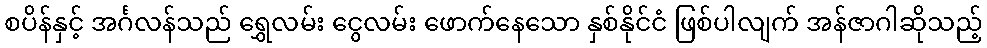
စပိန်နှင့် အင်္ဂလန်သည် ရွှေလမ်း ငွေလမ်း ဖောက်နေသော နှစ်နိုင်ငံ ဖြစ်ပါလျက် အန်ဇာဂါဆိုသည့်